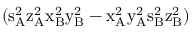
( \mathrm { s _ { A } ^ { 2 } \mathrm { z _ { A } ^ { 2 } \mathrm { x _ { B } ^ { 2 } \mathrm { y _ { B } ^ { 2 } - \mathrm { x _ { A } ^ { 2 } \mathrm { y _ { A } ^ { 2 } \mathrm { s _ { B } ^ { 2 } \mathrm { z _ { B } ^ { 2 } ) } } } } } } } }